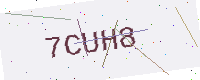
Text: 7CUH8